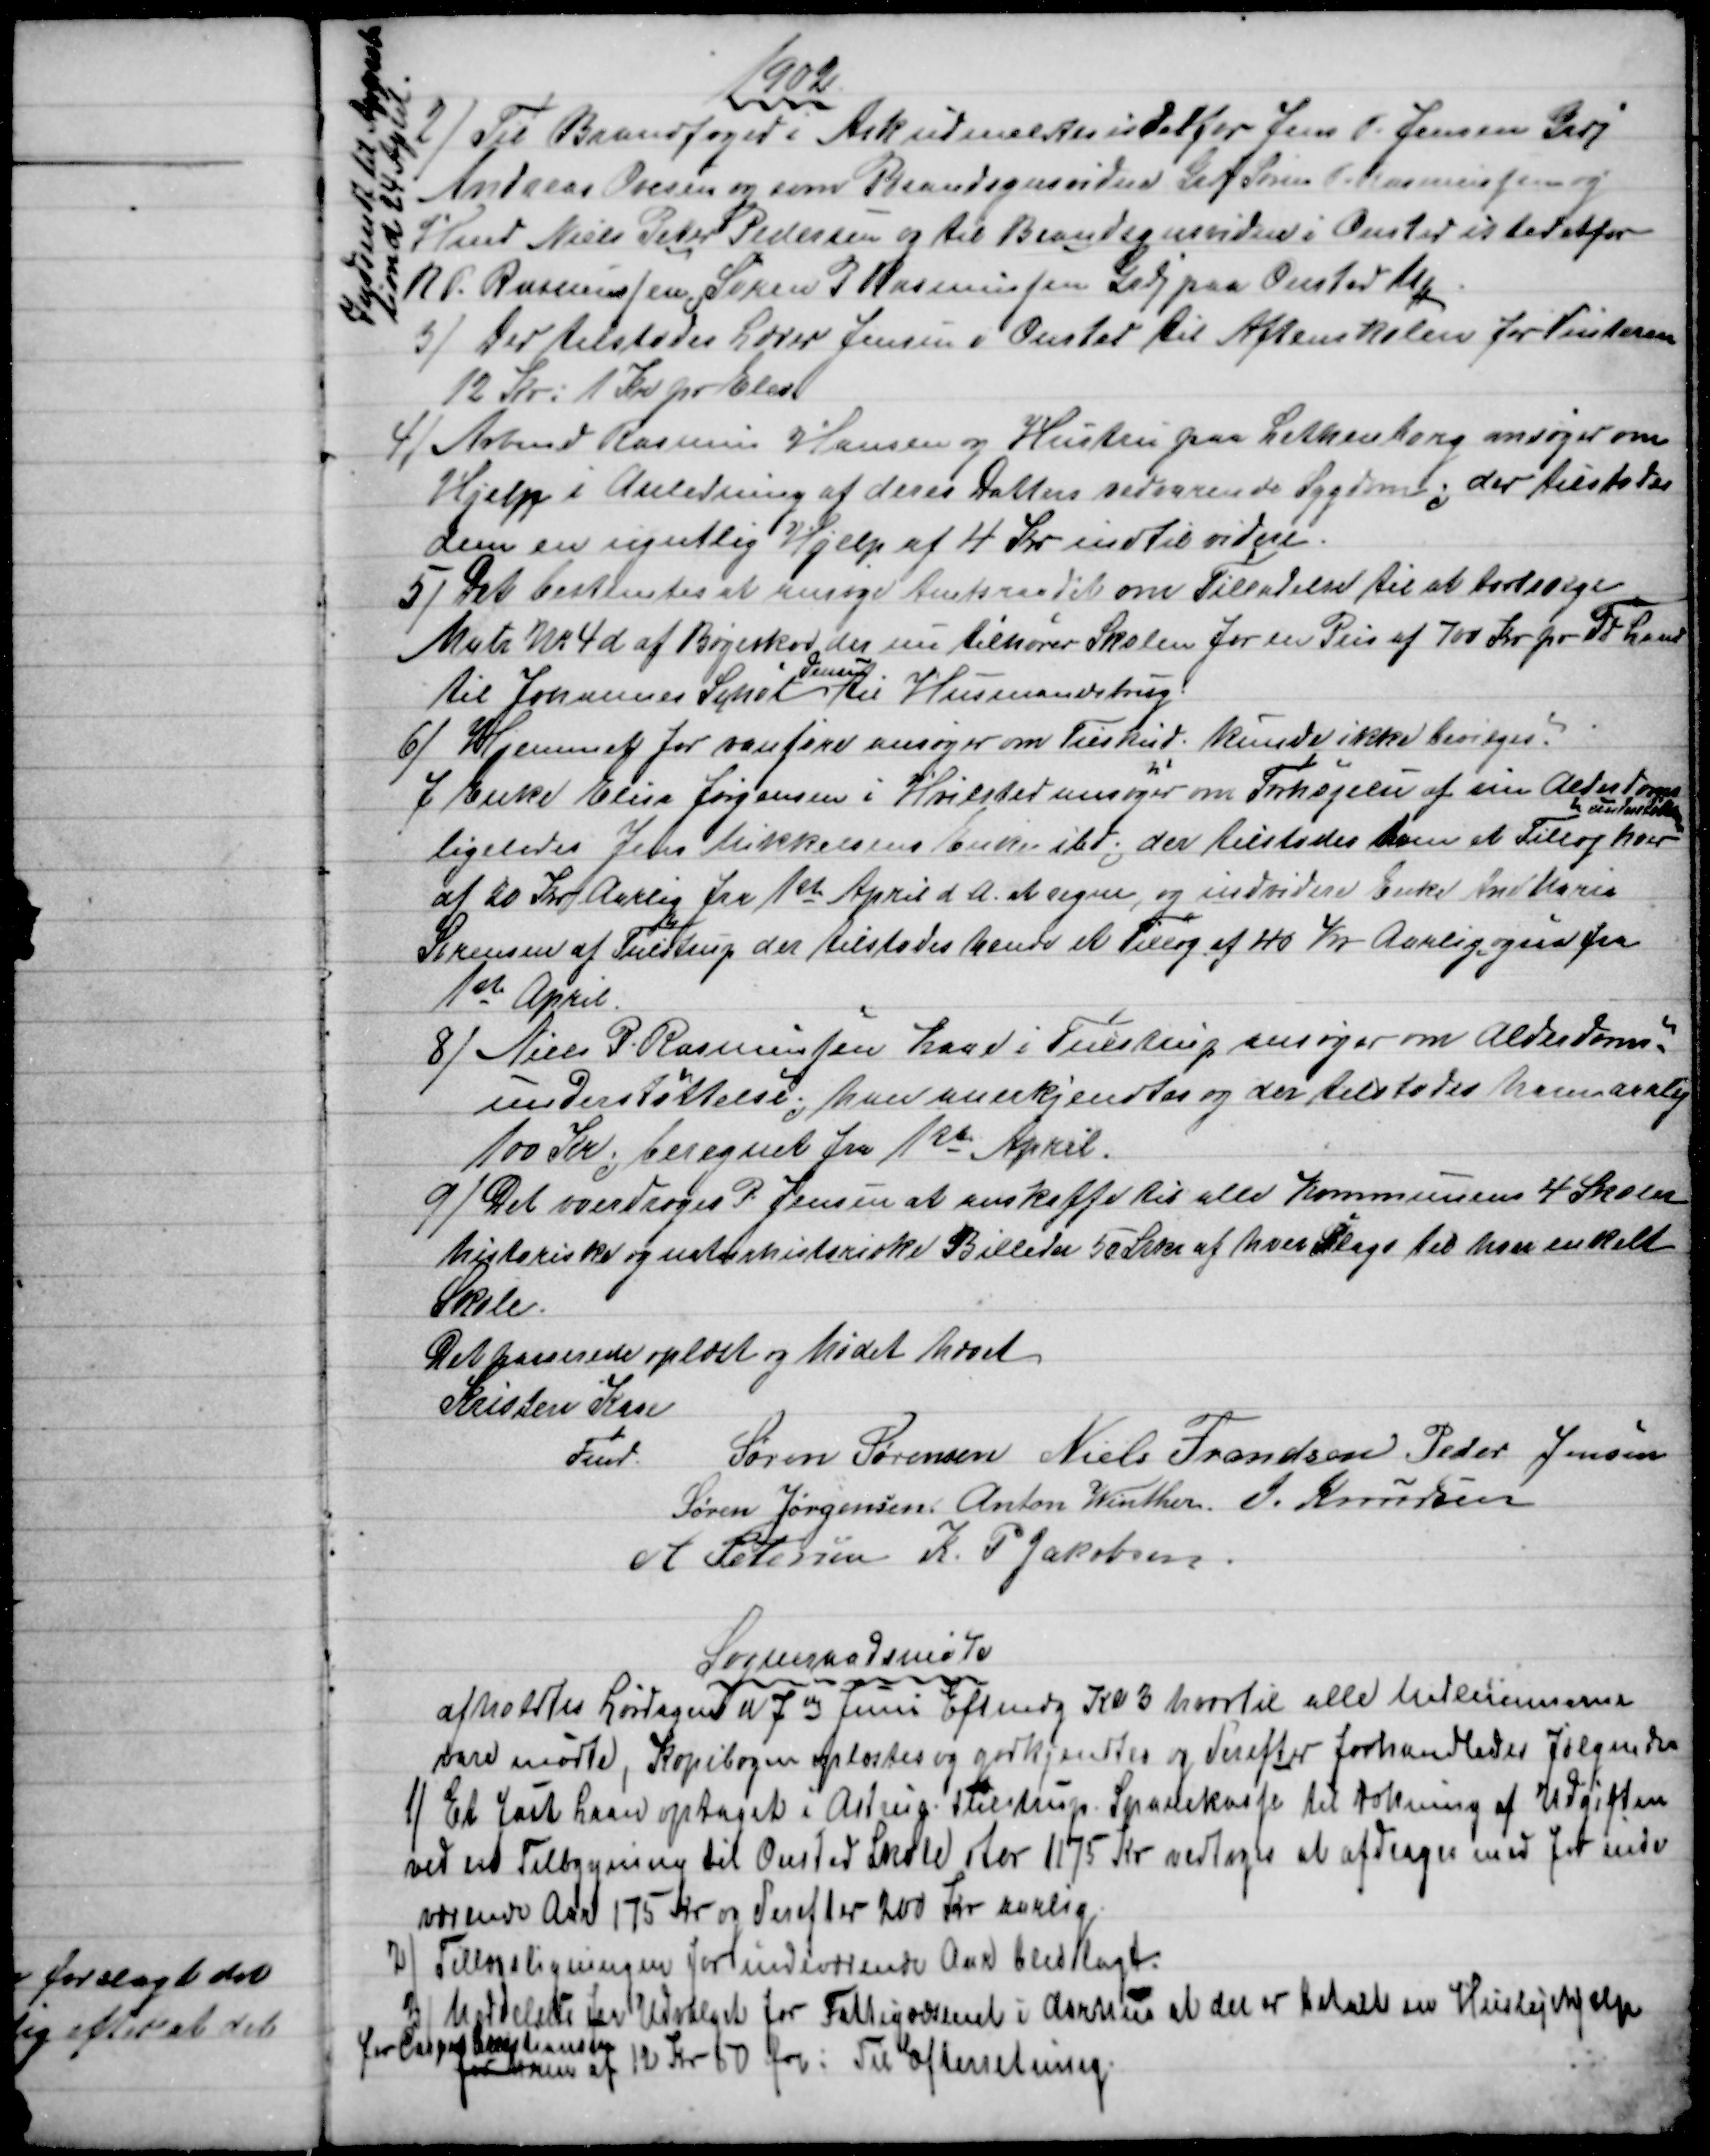
Transskription:
1902
2)
Til Brandfoged i Ask udmeldtes istedetfor Jens P. Jensen Grdj
Andreas Ovesen og som Brandsynsvidne Grdj Søren P. Rasmussen og
Hmd Niels Peter Pedersen og til Brandsynsvidne i Onsted istedetfor
N.P. Rasmussen Søren P Rasmussen Grdj paa Onsted Mk
Indmeldt til Approba
tion d 24 April.
3) 
Der tilstodes Lærer Jensen i Onsted til Aftenskolen for Vinteren
12 Kr: 1 Kr pr Elev
4) 
Arbmd Rasmus Hansen og Hustru paa Lethenborg ansøger om
Hjelp i Anledning af deres Datters vedvarende Sygdom; der tilstodes
dem en ugentlig Hjelp af 4 Kr indtil videre.
5) 
Det bestemtes at ansøge Amtsraadet om Tilladelse til at bortsælge
Matr. № 4d af Bøgeskov der nu tilhører Skolen for en Pris af 700 Kr pr Td Land
til Johannes Schøt 
Jensen
til Husmandsbrug.
6)
Hjemmet for vanføre ansøger om Tilskud, kunde ikke bevilges.
7 Enke Elisa Jørgensen i Hvilsted ansøger om Forhøjelse af sin Alderdoms
understøttelse
ligeledes Jens Mikkelsens Enke ibd, der tilstodes dem et Tillæg hver
af 20 Kr Aarlig fra 1ste April d. A. at regne, og indvidere Enke Ane Marie
Sørensen af Tulstrup der tilstodes hende et Tillæg af 40 Kr Aarlig ogsaa fra
1ste April.
8)
Niels P. Rasmussen Kaae i Tulstrup ansøger om Alderdoms-
understøttelse; han anerkjendtes og der tilstodes ham aarlig
100 Kr; beregnet fra 1ste April.
9) 
Det overdroges P. Jensen at anskaffe til alle Kommunens 4 Skoler
historiske og naturhistoriske Billeder 50 Stkr af hver Slags til hver enkelt
Skole.
Det passerede oplæst og Mødet hævet
Kristen Kaae 
Fmd.
Søren Sørensen Niels Frandsen Peder Jensen
Søren Jørgensen Anton Winther J. Knudsen
A Petersen K. P. Jakobsen.
Sogneraadsmøde
afholdtes Lørdagen d 7de Juni Eftmdg Kl 3 hvortil alle Medlemmerne
vare mødte, Kopibogen oplæstes og godkjendtes og derefter forhandledes følgende
1) 
Et fast Laan optaget i Astrup Tulstrup Sparekasse til Dækning af Udgiften
ved en Tilbygning til Onsted Skole stor 1175 Kr vedtoges at afdrages med for inde
værende Aar 175 Kr og derefter 200 Kr aarlig.
2)
Tillægsligningen for indeværende Aar blev lagt.
3)
Meddelelse fra Udvalget for Fattigvæsenet i Aarhus at der er betalt en Huslejehjelp
for Casper Cristiansen
for ham af 12 Kr 50 Øre: Til Efterretning